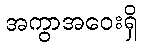
အကွာအဝေးရှိ